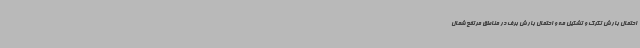
احتمال بارش تگرگ و تشکیل مه و احتمال بارش برف در مناطق مرتفع شمال